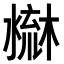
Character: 𣻤